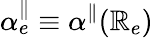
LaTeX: \alpha_{e}^{\parallel}\equiv\alpha^{\parallel}(\mathbb{R}_{e})